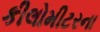
કીલોમીટરના